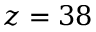
z = 3 8